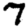
Digit: 7